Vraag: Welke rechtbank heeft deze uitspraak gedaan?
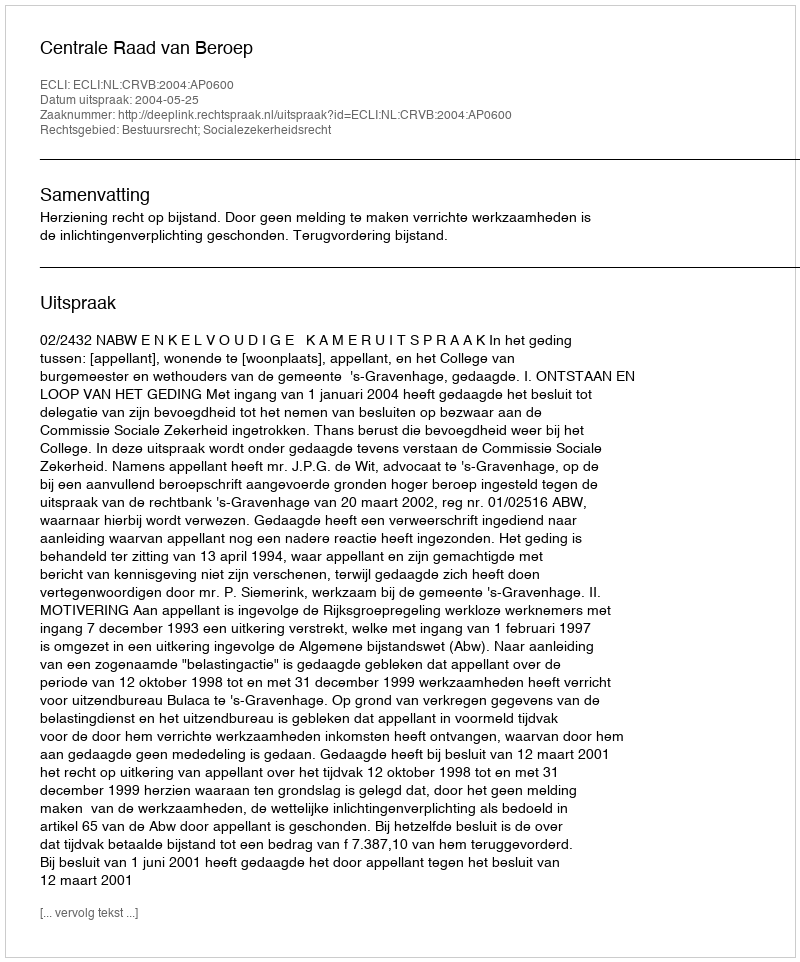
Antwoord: Centrale Raad van Beroep